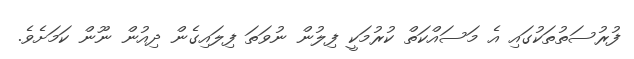
ފުރުސަތުތަކުގައި އެ މަސައްކަތް ކުރުމަކީ ފިލުން ނުވަތަ ފިލައިގެން ދިއުން ނޫން ކަމަށެވެ.